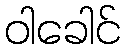
ဝါခေါင်